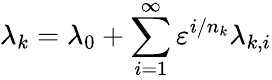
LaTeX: \lambda_{k}=\lambda_{0}+\sum_{i=1}^{\infty}\varepsilon^{i/n_{k}}\lambda_{k,i}